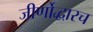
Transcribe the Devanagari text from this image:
जीर्णोद्धारच